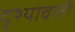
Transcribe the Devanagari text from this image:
दृश्‍यावली